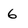
Character: 6